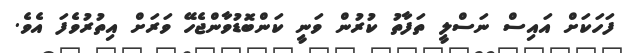
ފަހަކަށް އައިސް ނަސްލީ ތަފާތު ކުރުން ވަނީ ކަންބޮޑުވާންޖެހޭ ވަރަށް އިތުރުވެފަ އެވެ.